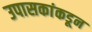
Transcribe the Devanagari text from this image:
उपासकांकडून